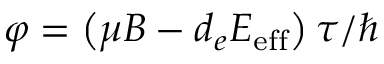
\varphi = \left( \mu B - d _ { e } E _ { \mathrm { e f f } } \right) \tau / \hbar